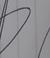
Signature authenticity: forged